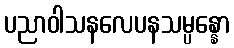
ပညာဝါသနလေပနသမ္ပန္နော